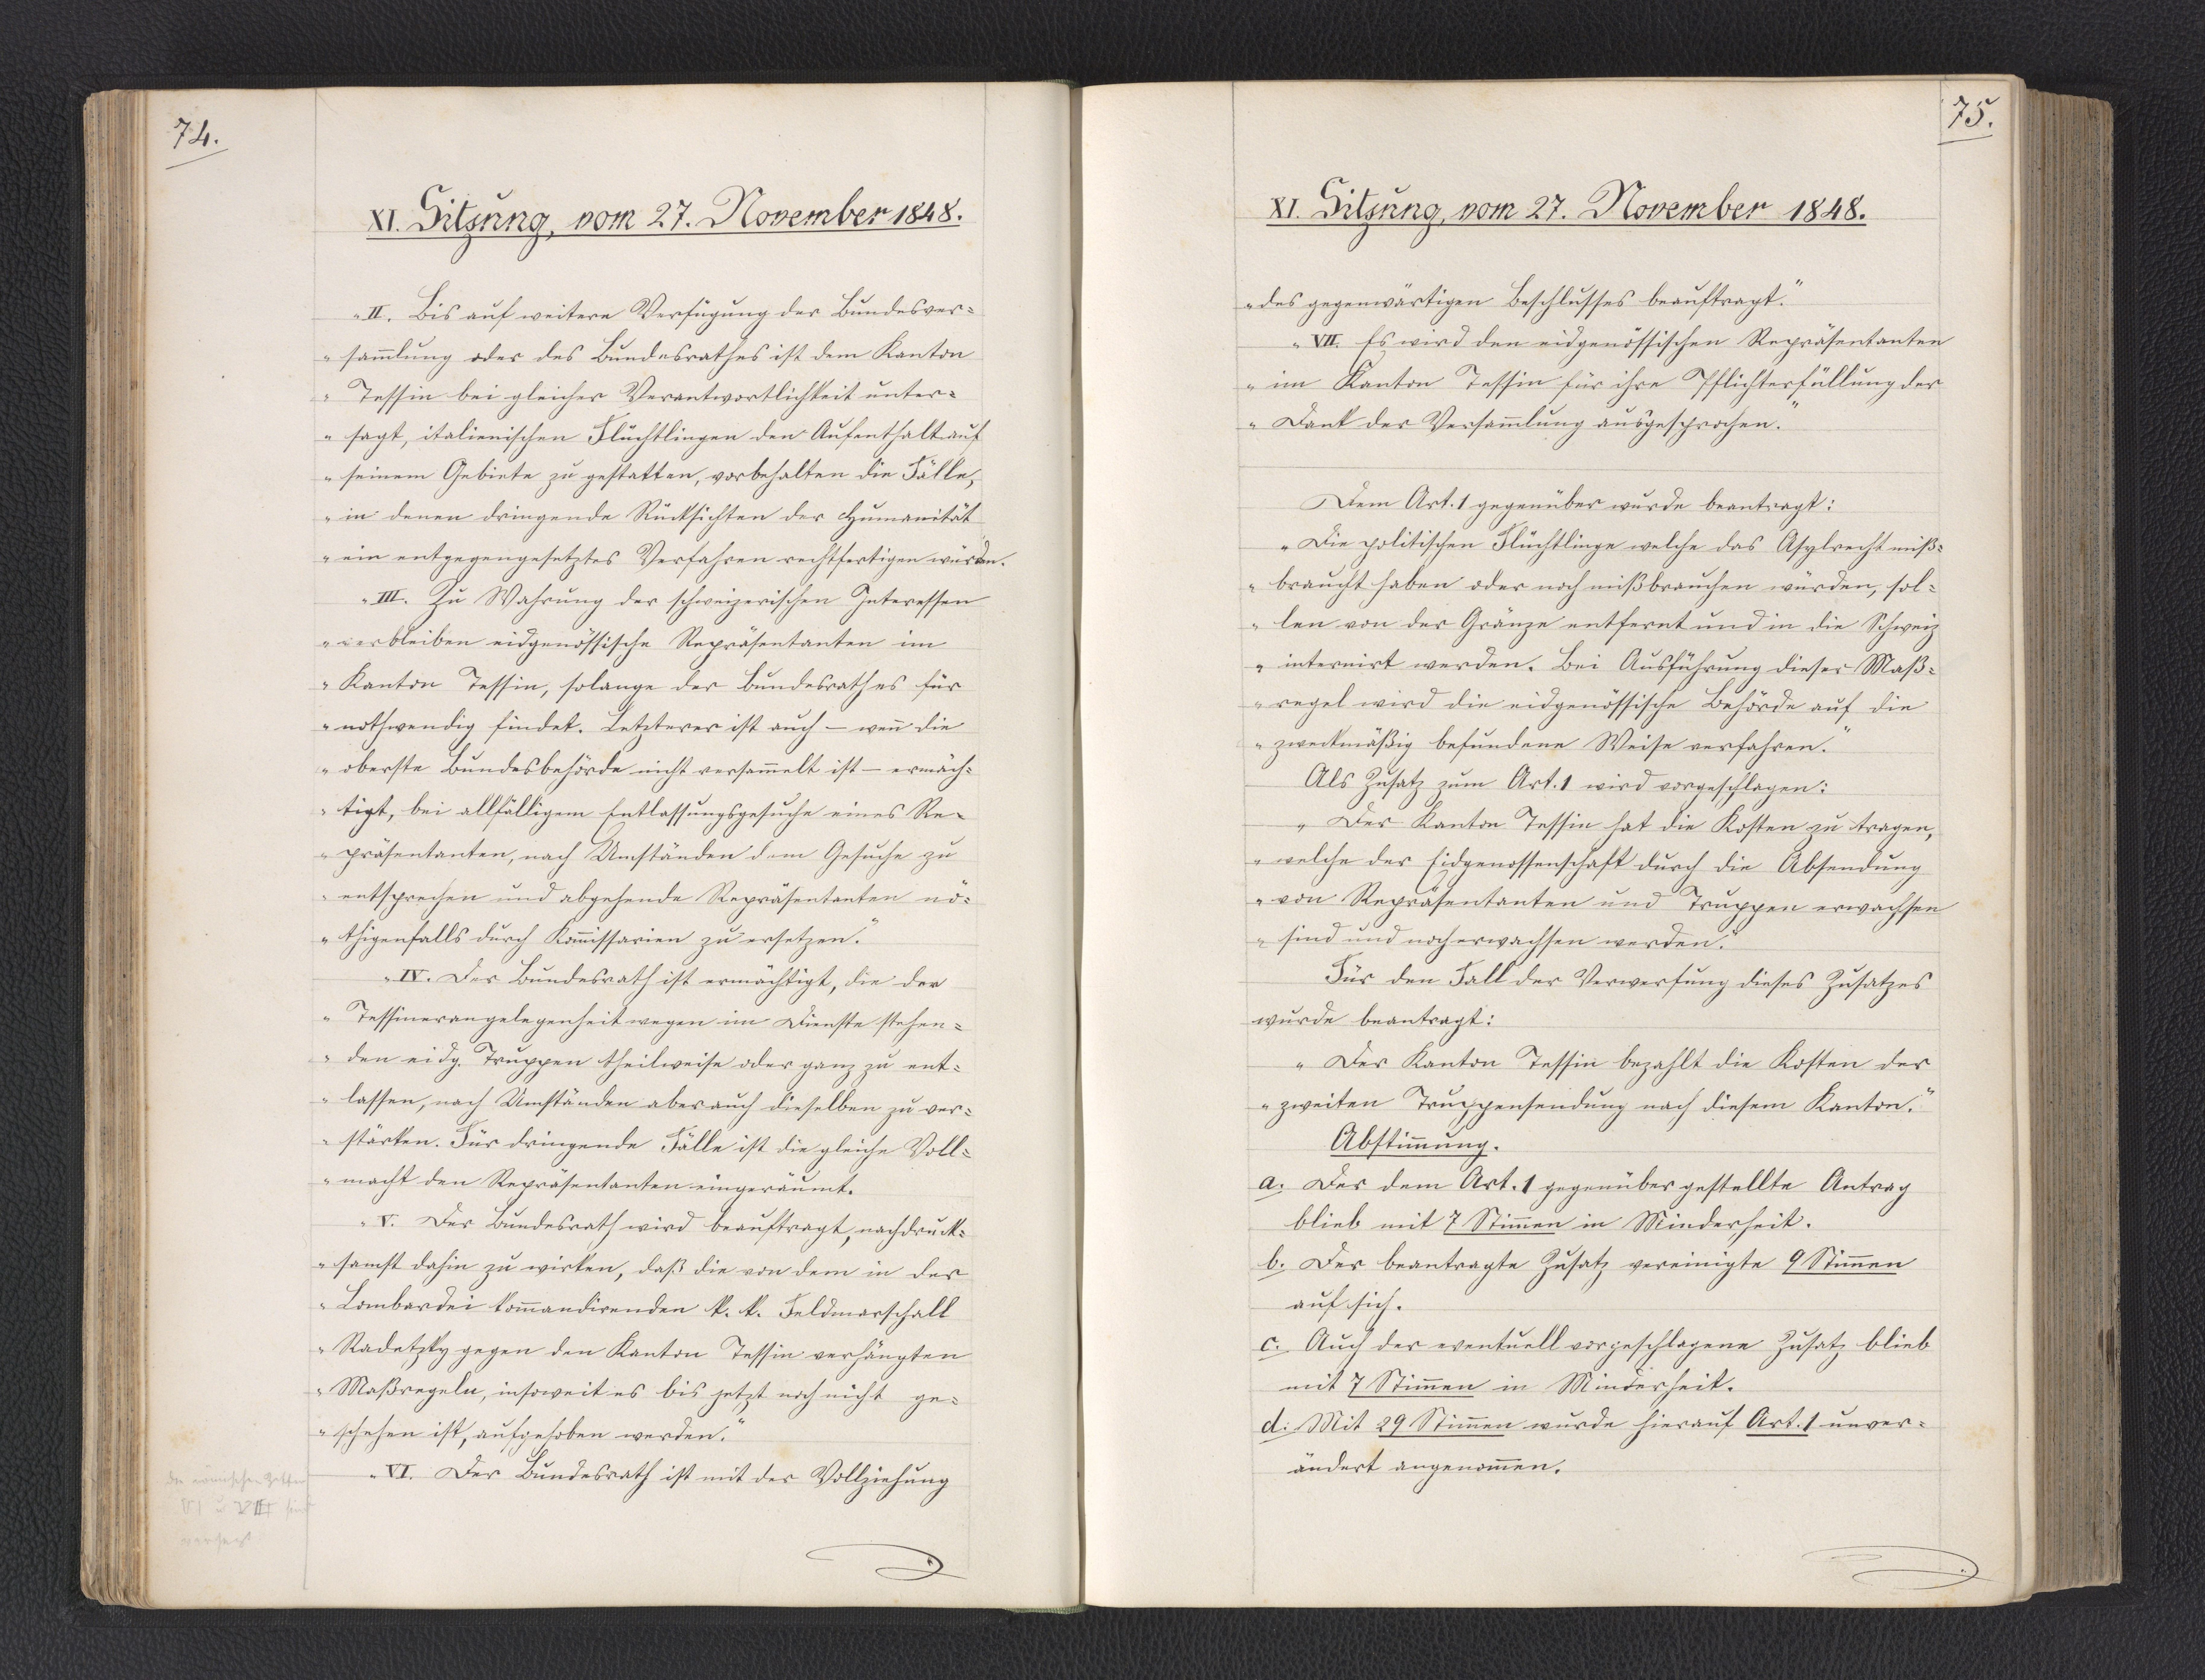
74.

XI. Sitzung, vom 27. November 1848.

"II. Bis auf weitere Verfügung der Bundesver¬
sammlung oder des Bundesrathes ist dem Kanton
Tessin bei gleicher Verantwortlichkeit unter¬
sagt, italienischen Flüchtlingen den Aufenthalt auf
seinem Gebiete zu gestatten, vorbehalten die Fälle,
in denen dringende Rücksichten der Humanität
ein entgegengesetztes Verfahren rechtfertigen würden.
III. Zu Wahrung der schweizerischen Interessen
verbleiben eidgenössische Repräsentanten im
Kanton Tessin, solange der Bundesrath es für
nothwendig findet. Letzterer ist auch - wenn die
oberste Bundesbehörde nicht versammelt ist - ermäch¬
tigt, bei allfälligem Entlassungsgesuche eines Re¬
präsentanten, nach Umständen dem Gesuche zu
entsprechen und abgehende Repräsentanten nö¬
thigenfalls durch Kommissarien zu ersetzen."
"IV. Der Bundesrath ist ermächtigt, die der
Tessinerangelegenheit wegen im Dienste stehen¬
den eidg. Truppen theilweise oder ganz zu ent¬
lassen, nach Umständen aber auch dieselben zu ver¬
stärken. Für dringende Fälle ist die gleiche Voll¬
macht den Repräsentanten eingeräumt.
V. Der Bundesrath wird beauftragt, nachdruck¬
samst dahin zu wirken, daß die von dem in der
Lombardei kommandirenden k. k. Feldmarschall
Radetzky gegen den Kanton Tessin verhängten
Maßregeln, insoweit es bis jetzt noch nicht ge¬
schehen ist, aufgehoben werden."
"VI. Der Bundesrath ist mit der Vollziehung

75.

XI. Sitzung, vom 27. November 1848.

des gegenwärtigen Beschlusses beauftragt.
VII. Es wird den eidgenössischen Repräsentanten
im Kanton Tessin für ihre Pflichterfüllung der
Dank der Versammlung ausgesprochen."
Dem Art. 1 gegenüber wurde beantragt:
"Die politischen Flüchtlinge welche das Asylrecht miß¬
braucht haben oder noch mißbrauchen würden, sol¬
len von der Gränze entfernt und in die Schweiz
internirt werden. Bei Ausführung dieser Maß¬
regel wird die eidgenössische Behörde auf die
zweckmäßig befundene Weise verfahren."
Als Zusatz zum Art. 1 wird vorgeschlagen:
"Der Kanton Tessin hat die Kosten zu tragen,
welche der Eidgenossenschaft durch die Absendung
von Repräsentanten und Truppen erwachsen
sind und noch erwachsen werden."
Für den Fall der Verwerfung dieses Zusatzes
wurde beantragt:
"Der Kanton Tessin bezahlt die Kosten der
zweiten Truppensendung nach diesem Kanton."
Abstimmung.
a. Der dem Art. 1 gegenüber gestellte Antrag
blieb mit 7 Stimmen in Minderheit.
b. Der beantragte Zusatz vereinigte 9 Stimmen
auf sich.
c. Auch der eventuell vorgeschlagene Zusatz blieb
mit 7 Stimmen in Minderheit.
d. Mit 29 Stimmen wurde hierauf Art. 1 unver¬
ändert angenommen.